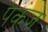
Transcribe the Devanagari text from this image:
पकंज